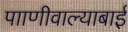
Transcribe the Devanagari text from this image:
पााणीवाल्याबाई